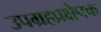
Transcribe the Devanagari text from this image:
उपग्रहप्रक्षेपक